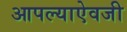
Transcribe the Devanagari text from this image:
आपल्याऐवजी